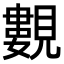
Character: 𧢃